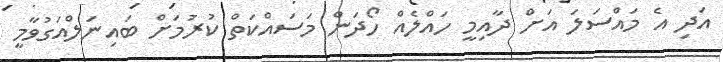
އަދި އެ މައްސަލަ އަށް ދާއިމީ ހައްލެއް ހޯދަން މަސައްކަތް ކުރުމަށް ބައިނަލްއަގުވާމީ